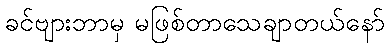
ခင်ဗျားဘာမှ မဖြစ်တာသေချာတယ်နော်